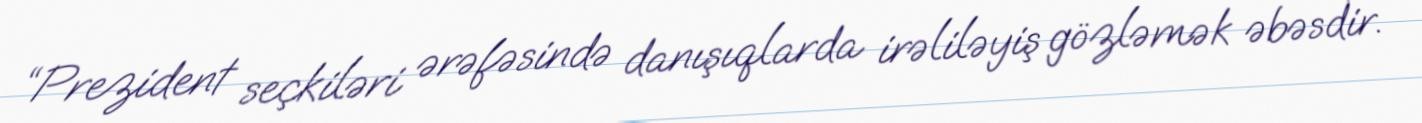
“Prezident seçkiləri ərəfəsində danışıqlarda irəliləyiş gözləmək əbəsdir.